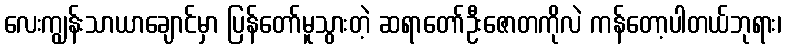
လေးကျွန်းသာယာချောင်မှာ ပြန်တော်မူသွားတဲ့ ဆရာတော်ဦးဇောတကိုလဲ ကန်တော့ပါတယ်ဘုရား၊